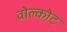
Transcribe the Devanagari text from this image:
वोल्कोट